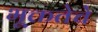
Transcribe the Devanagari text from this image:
भूक्ततेचे